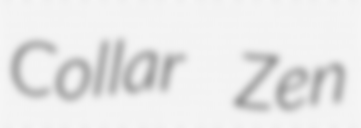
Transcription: Collar Zen